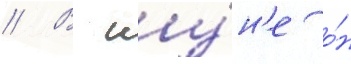
// В иу́н'е о́н